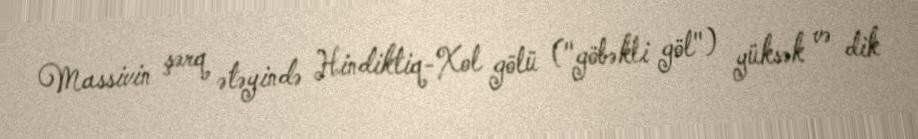
Massivin şərq ətəyində Hindiktiq-Xol gölü ("göbəkli göl") yüksək və dik